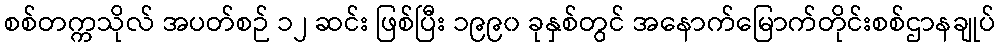
စစ်တက္ကသိုလ် အပတ်စဉ် ၁၂ ဆင်း ဖြစ်ပြီး ၁၉၉၀ ခုနှစ်တွင် အနောက်မြောက်တိုင်းစစ်ဌာနချုပ်